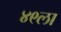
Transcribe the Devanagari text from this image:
४९ला